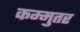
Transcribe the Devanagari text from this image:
कम्मुतर